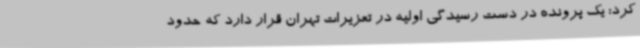
کرد: یک پرونده در دست رسیدگی اولیه در تعزیرات تهران قرار دارد که حدود